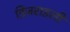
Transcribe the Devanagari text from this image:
डिजराइली